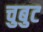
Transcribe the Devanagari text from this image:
चुबुट